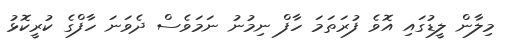
މިލާން ލީޑުގައި އޮވެ ފުރަތަމަ ހާފް ނިމުނު ނަމަވެސް ދެވަނަ ހާފްގެ ކުރީކޮޅު